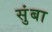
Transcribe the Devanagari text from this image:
सुंबा